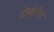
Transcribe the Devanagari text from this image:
प्रोखोरोव्ह